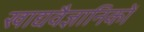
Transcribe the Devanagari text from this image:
खाद्यवैज्ञानिकों